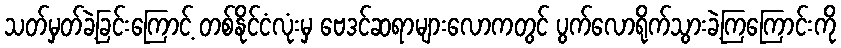
သတ်မှတ်ခဲ့ခြင်းကြောင့် တစ်နိုင်ငံလုံးမှ ဗေဒင်ဆရာများလောကတွင် ပွက်လောရိုက်သွားခဲ့ကြကြောင်းကို